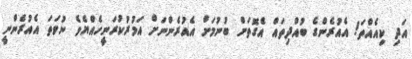
އަދި ކިއެއްތަ! އެއުރެންގެ ބުއްދިތައް އެގޮތަށް ބުނުމަށް އެއުރެންނަށް އަމުރުކުރަނީހެއްޔެވެ ނުވަތަ އެއުރެންނީ